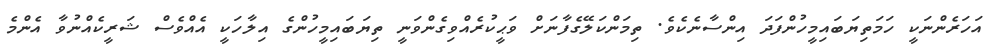
އަހަރެންނަކީ ހަމަތިޔަބައިމީހުންފަދަ އިންސާނެކެވެ. ތިމަންކަލޭގެފާނަށް ވަޙީކުރެއްވިގެންވަނީ ތިޔަބައިމީހުންގެ އިލާހަކީ އެއްވެސް ޝަރީކެއްނުވާ އެންމެ